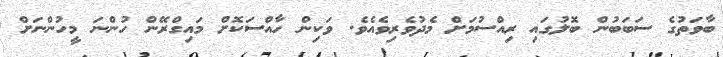
ބާވަތުގެ ސަބަބުން ބޮލުގައި ރިއްސުމަށް މެދުވެރިވެއެވެ. ވަކިން ހާއްސަކޮށް މައިގްރޭން ހުންނަ މީހުންނަށް